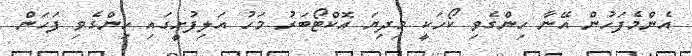
އެންމެފަހުން އޭނާ ހިންގެވި ކޯހަކީ މިދިޔަ އޮކްޓޯބަރު މަހު އަލިފުށީގައި ހިންގެވި ފަހަން